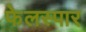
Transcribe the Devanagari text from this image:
फेलस्पार